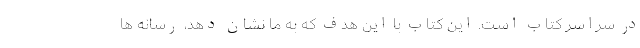
در سراسر کتاب است. این کتاب با این هدف که به ما نشان دهد، رسانه ها